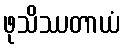
ဖုသိဿတာယံ